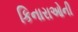
કિનારાઓની